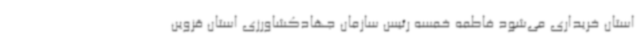
استان خریداری می‌شود فاطمه خمسه رئیس سازمان جهادکشاورزی استان قزوین